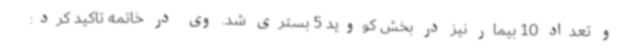
و تعداد 10 بیمار نیز در بخش کووید 5 بستری شد. وی در خاتمه تاکید کرد: